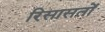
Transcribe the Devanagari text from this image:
रिसासतों